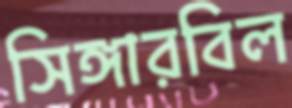
সিঙ্গারবিল